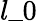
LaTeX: l\_ 0